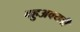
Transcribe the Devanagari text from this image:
बहुअवयवी